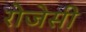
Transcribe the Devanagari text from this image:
रोजेसी